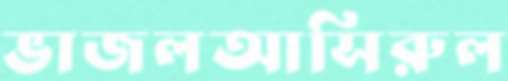
ভাজলআসিরুল